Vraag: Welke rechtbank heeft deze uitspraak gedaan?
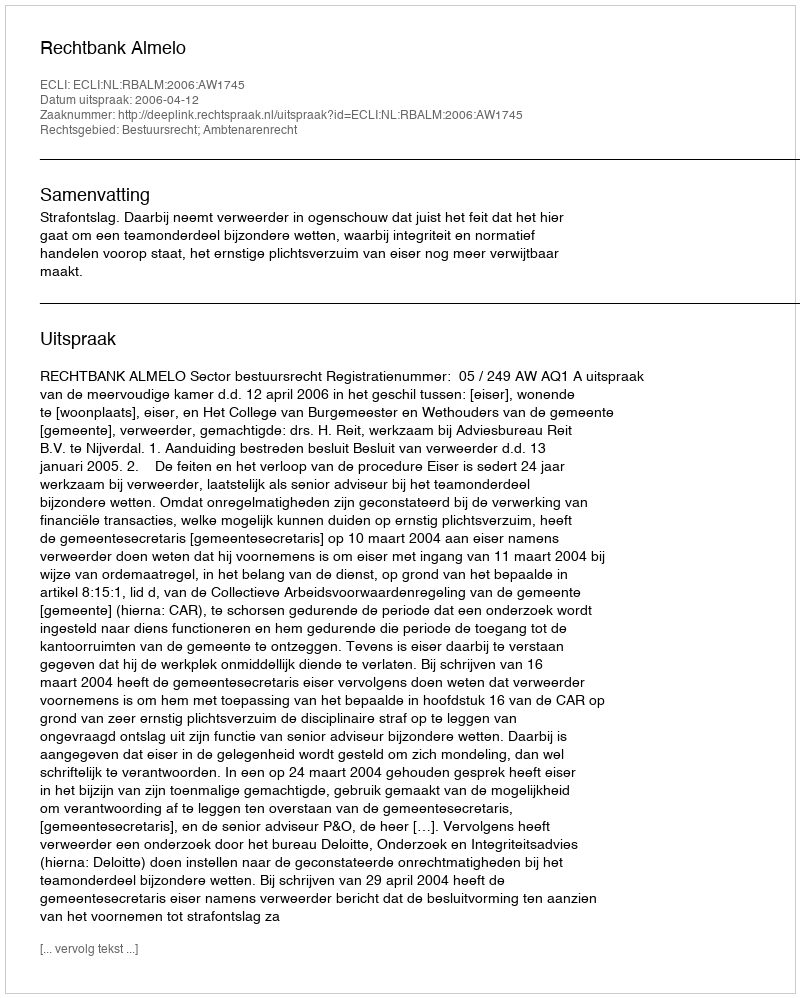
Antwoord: Rechtbank Almelo